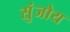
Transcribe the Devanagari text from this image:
सुंजोय